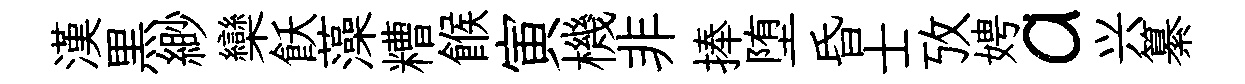
漢黒緲欒飫藻糟餱寅機非捧堕昏士攷娉a兴纂